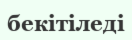
бекітіледі